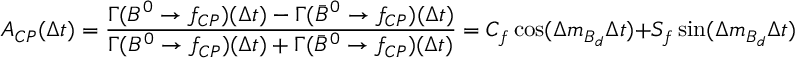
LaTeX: { \cal A } _ { C P } ( \Delta t ) = { \frac { \Gamma ( B ^ { 0 } \rightarrow f _ { C P } ) ( \Delta t ) - \Gamma ( \bar { B } ^ { 0 } \rightarrow f _ { C P } ) ( \Delta t ) } { \Gamma ( B ^ { 0 } \rightarrow f _ { C P } ) ( \Delta t ) + \Gamma ( \bar { B } ^ { 0 } \rightarrow f _ { C P } ) ( \Delta t ) } } = C _ { f } \cos ( \Delta m _ { B _ { d } } \Delta t ) + S _ { f } \sin ( \Delta m _ { B _ { d } } \Delta t ) ,